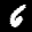
Label: 6